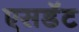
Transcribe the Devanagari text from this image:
एसडॅट